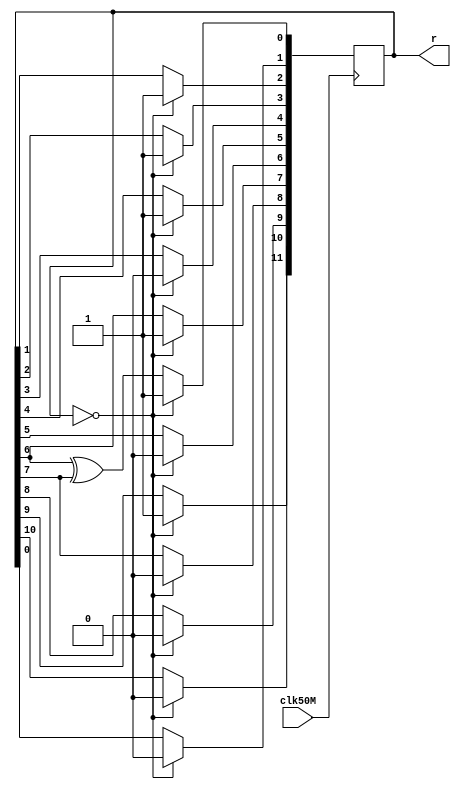
module LFSR12(clk50M,r);
	input clk50M;
	output reg [11:0]r;
	//Declare input and output.
	
	initial
		r = 12'b010010101101;
	//initialize r to a non-zero value.
	
	always@(posedge clk50M) begin
		if (r == 12'b000000000000)
			r[11:0] <= 12'b010010101101;
		//Failsafe: if r hits 0, set it
		//to a non-zero value.
		
		else begin
			r[11] <= r[10];
			r[10] <= r[9];
			r[9] <= r[8];
			r[8] <= r[7];
			r[7] <= r[6];
			r[6] <= r[5];
			r[5] <= r[4];
			r[4] <= r[3];
			r[3] <= r[2];
			r[2] <= r[1];
			r[1] <= r[0];
			r[0] <= r[6] ^ r[7];
			//Shift the bits to the left and
			//make the LSB the XOR of bits 0
			//and 1.
		end
	end
	
endmodule